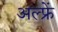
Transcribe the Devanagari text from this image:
अल्फ्रें